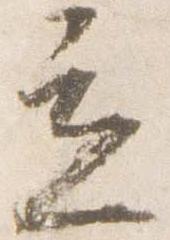
立